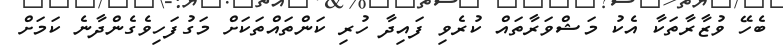
ބެހޭ ވުޒާރާތަކާ އެކު މަޝްވަރާތައް ކުރެވި ފައިދާ ހުރި ކަންތައްތަކަށް މަގުފަހިވެގެންދާނެ ކަމަށް